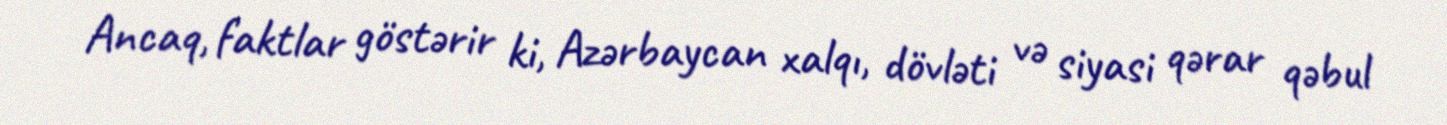
Ancaq, faktlar göstərir ki, Azərbaycan xalqı, dövləti və siyasi qərar qəbul